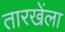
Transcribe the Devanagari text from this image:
तारखेंला